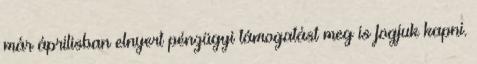
már áprilisban elnyert pénzügyi támogatást meg is fogjuk kapni.